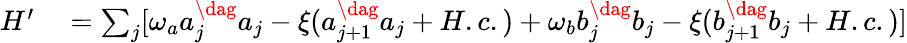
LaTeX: \begin{array}{rl}{H^{\prime}}&{{}=\sum_{j}[\omega_{a}a_{j}^{\dag}a_{j}-\xi(a_{j+1}^{\dag}a_{j}+H.c.)+\omega_{b}b_{j}^{\dag}b_{j}-\xi(b_{j+1}^{\dag}b_{j}+H.c.)]}\end{array}